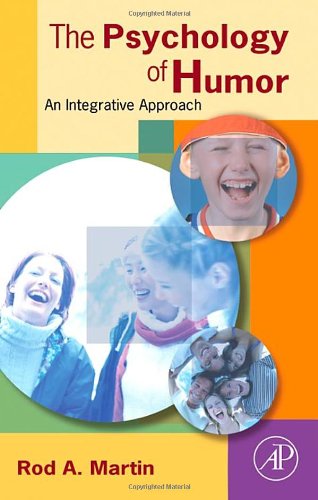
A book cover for The Psychology of Humor: An Integrative Approach; Rod A. Martin; Humor & Entertainment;